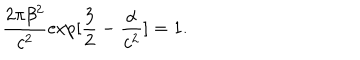
\frac { 2 \pi \beta ^ { 2 } } { c ^ { 2 } } \exp [ \frac { 3 } { 2 } - \frac { \alpha } { c ^ { 2 } } ] = 1 .